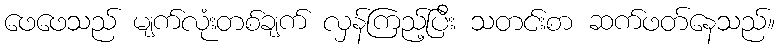
ဖေဖေသည် မျက်လုံးတစ်ချက် လှန်ကြည့်ပြီး သတင်းစာ ဆက်ဖတ်နေသည်။